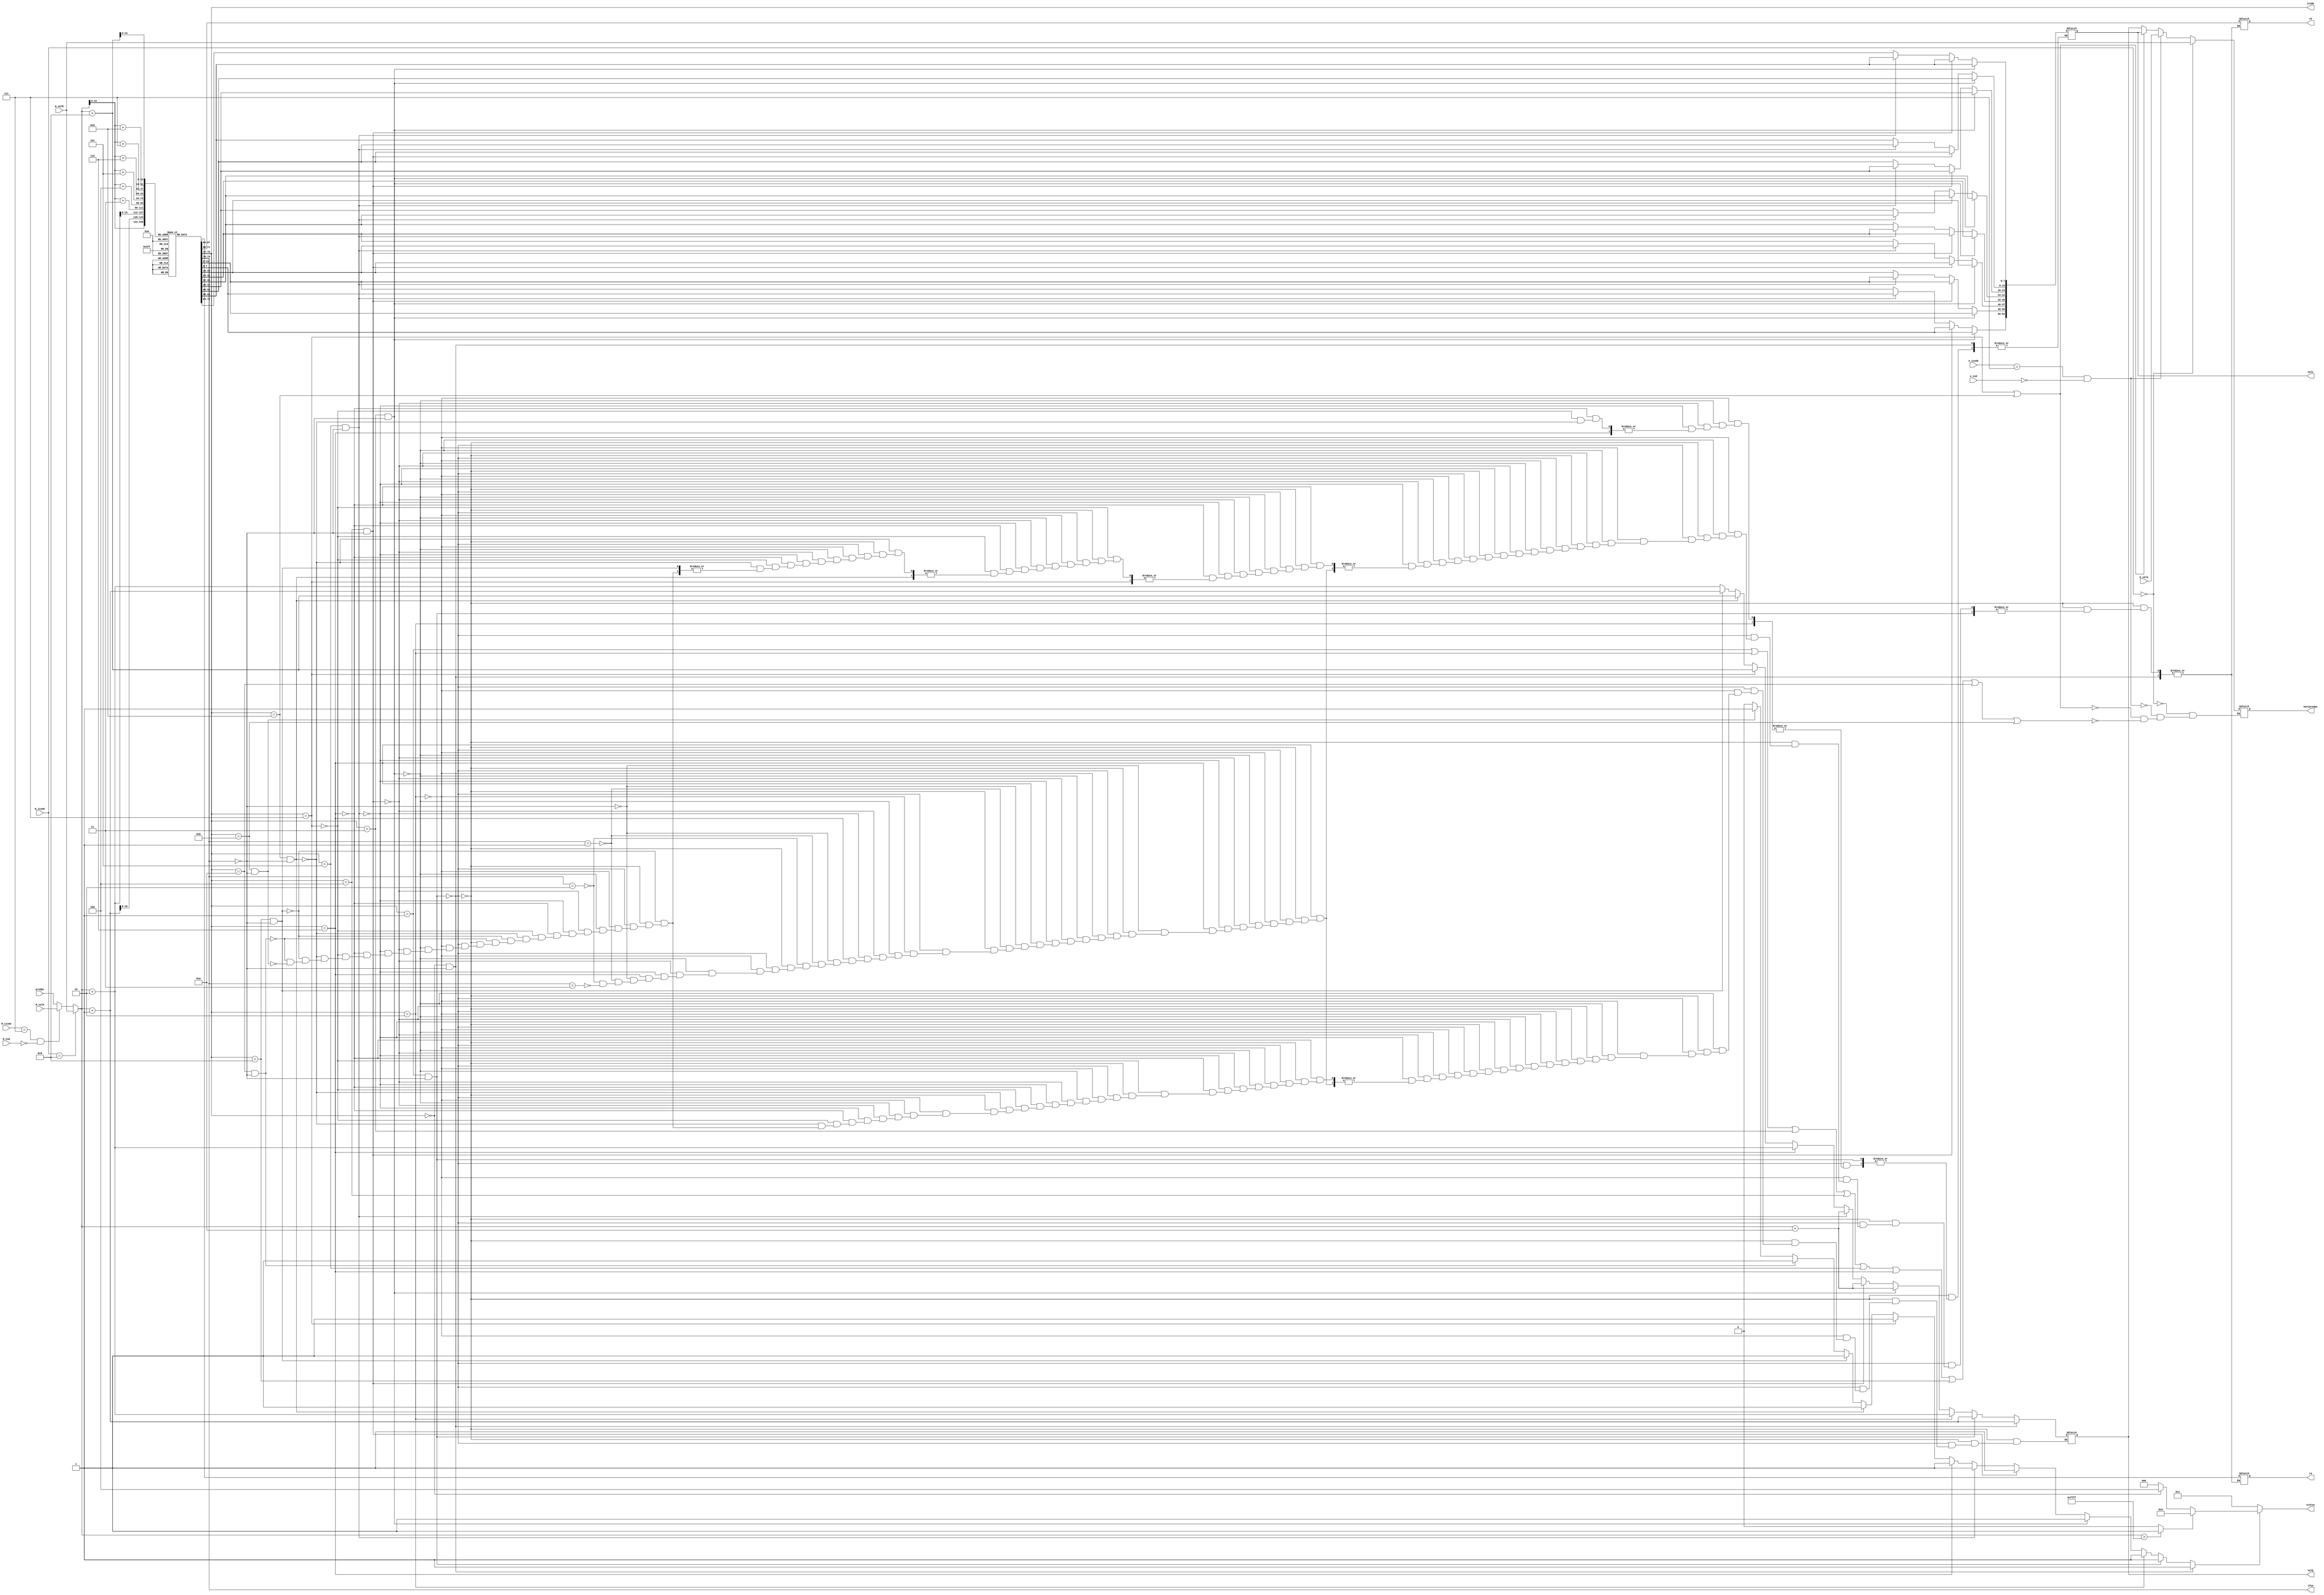
module fetch (predpc,W_icode,M_icode,M_Cnd,W_valM,M_valA,E_valA,e_cnd,e_icode,
              icode,
              ifun,
              ra,
              rb,
              valc,
              valp,
              status,
              nextpredpc);

input [63:0] predpc;   
input [63:0] M_valA,W_valM;
input [3:0] W_icode,M_icode;
input M_Cnd;
input e_cnd;
input [63:0] E_valA;
input [3:0] e_icode;
output reg [2:0] status;
output reg [3:0] icode,ifun,ra,rb;
output reg [63:0] valc;
output reg [63:0] valp;
output reg [63:0] nextpredpc;
reg inst_valid;
reg imem_error;
reg [63:0] pc;
reg [7:0] split;
reg [7:0] align;
integer i;
reg [7:0] inst_mem[65535:0];
 

 initial begin
  

     inst_mem[10]=8'b0000_0011;     //irmovq
     inst_mem[11]=8'b0100_1111;
     inst_mem[10+2+0]=8'b0110_0100;
     inst_mem[10+2+1]=8'b0000_0000;
     inst_mem[10+2+2]=8'b0000_0000;
     inst_mem[10+2+3]=8'b0000_0000;
     inst_mem[10+2+4]=8'b0000_0000;
     inst_mem[10+2+5]=8'b0000_0000;
     inst_mem[10+2+6]=8'b0000_0000;
     inst_mem[10+2+7]=8'b0000_0000; 



     inst_mem[20]=8'b0000_0011;     //irmovq
     inst_mem[21]=8'b0000_1111;
     inst_mem[20+2+0]=8'b0000_0110;
     inst_mem[20+2+1]=8'b0000_0000;
     inst_mem[20+2+2]=8'b0000_0000;
     inst_mem[20+2+3]=8'b0000_0000;
     inst_mem[20+2+4]=8'b0000_0000;
     inst_mem[20+2+5]=8'b0000_0000;
     inst_mem[20+2+6]=8'b0000_0000;
     inst_mem[20+2+7]=8'b0000_0000;
     
     inst_mem[30]=8'b0000_0011;     //irmovq
     inst_mem[31]=8'b0001_1111;
     inst_mem[30+2+0]=8'b0000_0001;
     inst_mem[30+2+1]=8'b0000_0000;
     inst_mem[30+2+2]=8'b0000_0000;
     inst_mem[30+2+3]=8'b0000_0000;
     inst_mem[30+2+4]=8'b0000_0000;
     inst_mem[30+2+5]=8'b0000_0000;
     inst_mem[30+2+6]=8'b0000_0000;
     inst_mem[30+2+7]=8'b0000_0000; 

     inst_mem[40]=8'b0000_0011;     //irmovq
     inst_mem[41]=8'b0101_1111;
     inst_mem[40+2+0]=8'b0000_0101;
     inst_mem[40+2+1]=8'b0000_0000;
     inst_mem[40+2+2]=8'b0000_0000;
     inst_mem[40+2+3]=8'b0000_0000;
     inst_mem[40+2+4]=8'b0000_0000;
     inst_mem[40+2+5]=8'b0000_0000;
     inst_mem[40+2+6]=8'b0000_0000;
     inst_mem[40+2+7]=8'b0000_0000; 



     inst_mem[50]=8'b0000_0100;            //rmmovq
     inst_mem[51]=8'b0001_0011;
     inst_mem[50+2+0]=8'b0000_0000;
     inst_mem[50+2+1]=8'b0000_0000;
     inst_mem[50+2+2]=8'b0000_0000;
     inst_mem[50+2+3]=8'b0000_0000;
     inst_mem[50+2+4]=8'b0000_0000;
     inst_mem[50+2+5]=8'b0000_0000;
     inst_mem[50+2+6]=8'b0000_0000;
     inst_mem[50+2+7]=8'b0000_0000;

     inst_mem[60]=8'b0000_0110;    //addq
     inst_mem[60+1]=8'b0011_0001;

     inst_mem[62]=8'b0011_0010;    //ccmove
     inst_mem[62+1]=8'b0001_0000;

     inst_mem[64]=8'b0000_1010;    //pushq
     inst_mem[64+1]=8'b1111_0000;

     inst_mem[66]=8'b0001_0110;    //subq
     inst_mem[66+1]=8'b0011_0001;


 
 //////-----------------Ret---------------------
    // inst_mem[10]=8'b0000_0011;     //irmovq
    // inst_mem[11]=8'b0100_1111;
    // inst_mem[10+2+0]=8'b0110_0100;
    // inst_mem[10+2+1]=8'b0000_0000;
    // inst_mem[10+2+2]=8'b0000_0000;
    // inst_mem[10+2+3]=8'b0000_0000;
    // inst_mem[10+2+4]=8'b0000_0000;
    // inst_mem[10+2+5]=8'b0000_0000;
    // inst_mem[10+2+6]=8'b0000_0000;
    // inst_mem[10+2+7]=8'b0000_0000; 
//
    // inst_mem[20]=8'b0000_1000;     //call
    // inst_mem[20+1]=8'b0100_0000;
    // inst_mem[20+2]=8'b0000_0000;
    // inst_mem[20+3]=8'b0000_0000;
    // inst_mem[20+4]=8'b0000_0000;
    // inst_mem[20+5]=8'b0000_0000;
    // inst_mem[20+6]=8'b0000_0000;
    // inst_mem[20+7]=8'b0000_0000;
    // inst_mem[20+8]=8'b0000_0000;
//
    // inst_mem[29]=8'b0000_0011;     //irmovq 
    // inst_mem[30]=8'b0110_1111;
    // inst_mem[29+2+0]=8'b0000_0101;
    // inst_mem[29+2+1]=8'b0000_0000;
    // inst_mem[29+2+2]=8'b0000_0000;
    // inst_mem[29+2+3]=8'b0000_0000;
    // inst_mem[29+2+4]=8'b0000_0000;
    // inst_mem[29+2+5]=8'b0000_0000;
    // inst_mem[29+2+6]=8'b0000_0000;
    // inst_mem[29+2+7]=8'b0000_0000; 
//
    // inst_mem[64]=8'b0000_0011;     //irmovq       Target
    // inst_mem[65]=8'b0111_1111;
    // inst_mem[64+2+0]=8'b0000_0101;
    // inst_mem[64+2+1]=8'b0000_0000;
    // inst_mem[64+2+2]=8'b0000_0000;
    // inst_mem[64+2+3]=8'b0000_0000;
    // inst_mem[64+2+4]=8'b0000_0000;
    // inst_mem[64+2+5]=8'b0000_0000;
    // inst_mem[64+2+6]=8'b0000_0000;
    // inst_mem[64+2+7]=8'b0000_0000; 
//
    // inst_mem[74]=8'b0000_1001;   //ret
//
    // inst_mem[75]=8'b0000_0011;     //irmovq
    // inst_mem[76]=8'b0000_1111;
    // inst_mem[75+2+0]=8'b0000_0001;
    // inst_mem[75+2+1]=8'b0000_0000;
    // inst_mem[75+2+2]=8'b0000_0000;
    // inst_mem[75+2+3]=8'b0000_0000;
    // inst_mem[75+2+4]=8'b0000_0000;
    // inst_mem[75+2+5]=8'b0000_0000;
    // inst_mem[75+2+6]=8'b0000_0000;
    // inst_mem[75+2+7]=8'b0000_0000; 

//-------------------End of Ret-------------------------------






  //----------------Start of Branch Misprediction-------------
    /// inst_mem[10]=8'b0000_0011;     //irmovq
    /// inst_mem[11]=8'b0000_1111;
    /// inst_mem[10+2+0]=8'b0000_0001;
    /// inst_mem[10+2+1]=8'b0000_0000;
    /// inst_mem[10+2+2]=8'b0000_0000;
    /// inst_mem[10+2+3]=8'b0000_0000;
    /// inst_mem[10+2+4]=8'b0000_0000;
    /// inst_mem[10+2+5]=8'b0000_0000;
    /// inst_mem[10+2+6]=8'b0000_0000;
    /// inst_mem[10+2+7]=8'b0000_0000; 
///
    /// inst_mem[20]=8'b0011_0110;    //xorq
    /// inst_mem[20+1]=8'b0000_0000;
///
    /// 
    /// inst_mem[22]=8'b0100_0111;     //jne
    /// inst_mem[22+1]=8'b0100_0000;
    /// inst_mem[22+2]=8'b0000_0000;
    /// inst_mem[22+3]=8'b0000_0000;
    /// inst_mem[22+4]=8'b0000_0000;
    /// inst_mem[22+5]=8'b0000_0000;
    /// inst_mem[22+6]=8'b0000_0000;
    /// inst_mem[22+7]=8'b0000_0000;
    /// inst_mem[22+8]=8'b0000_0000;
///
    /// inst_mem[64]=8'b0000_0011;     //irmovq
    /// inst_mem[65]=8'b0010_1111;
    /// inst_mem[64+2+0]=8'b0000_0010;
    /// inst_mem[64+2+1]=8'b0000_0000;
    /// inst_mem[64+2+2]=8'b0000_0000;
    /// inst_mem[64+2+3]=8'b0000_0000;
    /// inst_mem[64+2+4]=8'b0000_0000;
    /// inst_mem[64+2+5]=8'b0000_0000;
    /// inst_mem[64+2+6]=8'b0000_0000;
    /// inst_mem[64+2+7]=8'b0000_0000; 
///
    /// inst_mem[74]=8'b0000_0011;     //irmovq
    /// inst_mem[75]=8'b0011_1111;
    /// inst_mem[74+2+0]=8'b0000_0011;
    /// inst_mem[74+2+1]=8'b0000_0000;
    /// inst_mem[74+2+2]=8'b0000_0000;
    /// inst_mem[74+2+3]=8'b0000_0000;
    /// inst_mem[74+2+4]=8'b0000_0000;
    /// inst_mem[74+2+5]=8'b0000_0000;
    /// inst_mem[74+2+6]=8'b0000_0000;
    /// inst_mem[74+2+7]=8'b0000_0000; 
///
    /// inst_mem[31]=8'b0000_0011;     //irmovq
    /// inst_mem[32]=8'b0000_1111;
    /// inst_mem[31+2+0]=8'b0000_0001;
    /// inst_mem[31+2+1]=8'b0000_0000;
    /// inst_mem[31+2+2]=8'b0000_0000;
    /// inst_mem[31+2+3]=8'b0000_0000;
    /// inst_mem[31+2+4]=8'b0000_0000;
    /// inst_mem[31+2+5]=8'b0000_0000;
    /// inst_mem[31+2+6]=8'b0000_0000;
    /// inst_mem[31+2+7]=8'b0000_0000; 
 ///
///
    /// inst_mem[41]=8'b0000_0110;     //addq
    /// inst_mem[42]=8'b0000_0000;
////----------------End of Branch-Misprediction------------







///---------------Load/Use Hazard---------------------
     ///////inst_mem[10]=8'b0000_0011;            //irmovq
     ///////inst_mem[11]=8'b0010_1111;
     ///////inst_mem[10+2+0]=8'b0000_1000;
     ///////inst_mem[10+2+1]=8'b0000_0000;
     ///////inst_mem[10+2+2]=8'b0000_0000;
     ///////inst_mem[10+2+3]=8'b0000_0000;
     ///////inst_mem[10+2+4]=8'b0000_0000;
     ///////inst_mem[10+2+5]=8'b0000_0000;
     ///////inst_mem[10+2+6]=8'b0000_0000;
     ///////inst_mem[10+2+7]=8'b0000_0000; 
///////
///////
 ///////
     ///////inst_mem[20]=8'b0000_0011;            //irmovq
     ///////inst_mem[21]=8'b0001_1111;
     ///////inst_mem[20+2+0]=8'b0000_1111;
     ///////inst_mem[20+2+1]=8'b0000_0000;
     ///////inst_mem[20+2+2]=8'b0000_0000;
     ///////inst_mem[20+2+3]=8'b0000_0000;
     ///////inst_mem[20+2+4]=8'b0000_0000;
     ///////inst_mem[20+2+5]=8'b0000_0000;
     ///////inst_mem[20+2+6]=8'b0000_0000;
     ///////inst_mem[20+2+7]=8'b0000_0000;
///////
     ///////inst_mem[30]=8'b0000_0100;            //rmmovq
     ///////inst_mem[31]=8'b0010_0001;
     ///////inst_mem[30+2+0]=8'b0000_0000;
     ///////inst_mem[30+2+1]=8'b0000_0000;
     ///////inst_mem[30+2+2]=8'b0000_0000;
     ///////inst_mem[30+2+3]=8'b0000_0000;
     ///////inst_mem[30+2+4]=8'b0000_0000;
     ///////inst_mem[30+2+5]=8'b0000_0000;
     ///////inst_mem[30+2+6]=8'b0000_0000;
     ///////inst_mem[30+2+7]=8'b0000_0000;
///////
     ///////inst_mem[40]=8'b0000_0011;            //irmovq
     ///////inst_mem[41]=8'b0011_1111;
     ///////inst_mem[40+2+0]=8'b0000_0011;
     ///////inst_mem[40+2+1]=8'b0000_0000;
     ///////inst_mem[40+2+2]=8'b0000_0000;
     ///////inst_mem[40+2+3]=8'b0000_0000;
     ///////inst_mem[40+2+4]=8'b0000_0000;
     ///////inst_mem[40+2+5]=8'b0000_0000;
     ///////inst_mem[40+2+6]=8'b0000_0000;
     ///////inst_mem[40+2+7]=8'b0000_0000;
///////
     ///////inst_mem[50]=8'b0000_0101;            //mrmovq
     ///////inst_mem[51]=8'b0010_0000;
     ///////inst_mem[50+2+0]=8'b0000_0000;
     ///////inst_mem[50+2+1]=8'b0000_0000;
     ///////inst_mem[50+2+2]=8'b0000_0000;
     ///////inst_mem[50+2+3]=8'b0000_0000;
     ///////inst_mem[50+2+4]=8'b0000_0000;
     ///////inst_mem[50+2+5]=8'b0000_0000;
     ///////inst_mem[50+2+6]=8'b0000_0000;
     ///////inst_mem[50+2+7]=8'b0000_0000;
///////
     ///////inst_mem[60]=8'b0000_0110;           //addq       
     ///////inst_mem[61]=8'b0000_0011;    
///////
///////
     ///////inst_mem[62]=8'b0001_0110;           //subq       
     ///////inst_mem[63]=8'b0000_0011;
///////
     ///////inst_mem[64]=8'b0010_0110;           //andq       
     ///////inst_mem[65]=8'b0010_0001;
///////
///////-----------------End of LOAD USE HAZARD---------------------





     //inst_mem[30]=8'b0001_0110;            //subq
     //inst_mem[31]=8'b0001_0110;
//
     //inst_mem[32]=8'b0000_0010;            
     //inst_mem[33]=8'b0001_0110;     
//
     //inst_mem[34]=8'b0000_1000;            //callq
     //inst_mem[33+2+0]=8'b0100_0000;
     //inst_mem[33+2+1]=8'b0000_0000;
     //inst_mem[33+2+2]=8'b0000_0000;
     //inst_mem[33+2+3]=8'b0000_0000;
     //inst_mem[33+2+4]=8'b0000_0000;
     //inst_mem[33+2+5]=8'b0000_0000;
     //inst_mem[33+2+6]=8'b0000_0000;
     //inst_mem[33+2+7]=8'b0000_0000;

    // inst_mem[64]=8'b0000_0110;            //addq
    // inst_mem[65]=8'b0001_0110;     
     
     
     
     
     
     
     
     //inst_mem[34]=8'b0000_0100;            //rmmovq
     //inst_mem[35]=8'b0001_0110;
     //inst_mem[34+2+0]=8'b0001_1111;
     //inst_mem[34+2+1]=8'b0000_0000;
     //inst_mem[34+2+2]=8'b0000_0000;
     //inst_mem[34+2+3]=8'b0000_0000;
     //inst_mem[34+2+4]=8'b0000_0000;
     //inst_mem[34+2+5]=8'b0000_0000;
     //inst_mem[34+2+6]=8'b0000_0000;
     //inst_mem[34+2+7]=8'b0000_0000;
//
//
//
//
     //inst_mem[44]=8'b0000_0010;            //rrmovq
     //inst_mem[45]=8'b1110_0110;




    // inst_mem[20]=8'b0000_0100;            //rmmovq
    // inst_mem[21]=8'b0001_0110;
    // inst_mem[20+2+0]=8'b0000_1111;
    // inst_mem[20+2+1]=8'b0000_0000;
    // inst_mem[20+2+2]=8'b0000_0000;
    // inst_mem[20+2+3]=8'b0000_0000;
    // inst_mem[20+2+4]=8'b0000_0000;
    // inst_mem[20+2+5]=8'b0000_0000;
    // inst_mem[20+2+6]=8'b0000_0000;
    // inst_mem[20+2+7]=8'b0000_0000; 
     
     
     //inst_mem[30]=8'b0000_0110;            //addq
     //inst_mem[31]=8'b1000_0111;
    
     //inst_mem[32]=8'b0001_0110;            //subq
     //inst_mem[33]=8'b0101_0010;
     
     //inst_mem[12]=8'b0000_0110;
     //inst_mem[13]=8'b0111_1000;
     //inst_mem[14]=8'b0001_0110;
     //inst_mem[15]=8'b0110_1001;
     //inst_mem[16]=8'b0011_0111;

     
     
     
     
    
 end



always @ (*)
   begin
   if (W_icode==4'b1001)
      pc=W_valM;

   else if(M_icode==4'b0111 && M_Cnd==1'b0)
      pc=M_valA;


   else 
      pc=predpc;

   end

 
 

always @ (pc)
  begin
  
    split = inst_mem[pc];
    icode = split[3:0];
    ifun = split[7:4];

    if((icode ==4'b0000) && (ifun == 4'b0000))  //Halt
      begin
      valp = pc+1;
      inst_valid = 1'b1;
      end
    else if((icode ==4'b0001) && (ifun == 4'b0000))   //nop
      begin
      valp = pc+1;
      inst_valid = 1'b1;
      end

    else if(icode == 4'b0010)     //cmovXX
      begin
      
       align[7:0]=inst_mem[pc+1];
       ra=align[3:0];
       rb=align[7:4];
       valp=pc+2;
       inst_valid=1'b1;
       
      end

    else if((icode == 4'b0011)&&(ifun == 4'b0000))   //irmovq
      begin 
      align[7:0]=inst_mem[pc+1];
      ra=align[3:0];    
      rb=align[7:4]; 
      valc[7:0]<=inst_mem[pc+2];
      valc[15:8]<=inst_mem[pc+3];
      valc[23:16]<=inst_mem[pc+4];
      valc[31:24]<=inst_mem[pc+5];
      valc[39:32]<=inst_mem[pc+6];
      valc[47:40]<=inst_mem[pc+7];
      valc[55:48]<=inst_mem[pc+8];
      valc[63:56]<=inst_mem[pc+9];
      valp=pc+10;
      inst_valid=1'b1;
      end

    else if((icode == 4'b0100)&&(ifun == 4'b0000))   //rmmovq
      begin 
      align[7:0]=inst_mem[pc+1];
      ra=align[3:0];   
      rb=align[7:4]; 
      valc[7:0]<=inst_mem[pc+2];
      valc[15:8]<=inst_mem[pc+3];
      valc[23:16]<=inst_mem[pc+4];
      valc[31:24]<=inst_mem[pc+5];
      valc[39:32]<=inst_mem[pc+6];
      valc[47:40]<=inst_mem[pc+7];
      valc[55:48]<=inst_mem[pc+8];
      valc[63:56]<=inst_mem[pc+9];
      valp=pc+10;
      inst_valid=1'b1;
      end

    
    else if((icode == 4'b0101)&&(ifun == 4'b0000))   //mrmovq
      begin 
      align[7:0]=inst_mem[pc+1];
      ra=align[3:0];   
      rb=align[7:4]; 
      valc[7:0]<=inst_mem[pc+2];
      valc[15:8]<=inst_mem[pc+3];
      valc[23:16]<=inst_mem[pc+4];
      valc[31:24]<=inst_mem[pc+5];
      valc[39:32]<=inst_mem[pc+6];
      valc[47:40]<=inst_mem[pc+7];
      valc[55:48]<=inst_mem[pc+8];
      valc[63:56]<=inst_mem[pc+9];
      valp=pc+10;
      inst_valid=1'b1;
      end

    else if(icode == 4'b0110)   //opq
      begin
       if(ifun==4'b0000)       //addq
        begin
        align[7:0]=inst_mem[pc+1];
        ra=align[3:0];   
        rb=align[7:4]; 
        valp=pc+2;
        inst_valid=1'b1;
        end
       else if(ifun==4'b0001)   //subq
        begin
        align[7:0]=inst_mem[pc+1];
        ra=align[3:0];   
        rb=align[7:4]; 
        valp=pc+2;
        inst_valid=1'b1;
        end
       else if(ifun==4'b0010)   //andq
        begin
        align[7:0]=inst_mem[pc+1];
        ra=align[3:0];   
        rb=align[7:4]; 
        valp=pc+2;
        inst_valid=1'b1;
        end
       else if(ifun==4'b0011)   //xorq
        begin
        align[7:0]=inst_mem[pc+1];
        ra=align[3:0];   
        rb=align[7:4]; 
        valp=pc+2;
        inst_valid=1'b1;
        end
      end   
           
    
    else if(icode==4'b0111)   //jXX
      begin
      valc[7:0]<=inst_mem[pc+1];
      valc[15:8]<=inst_mem[pc+2];
      valc[23:16]<=inst_mem[pc+3];
      valc[31:24]<=inst_mem[pc+4];
      valc[39:32]<=inst_mem[pc+5];
      valc[47:40]<=inst_mem[pc+6];
      valc[55:48]<=inst_mem[pc+7];
      valc[63:56]<=inst_mem[pc+8];
      valp =pc+9;
      inst_valid=1'b1;
      end

    else if((icode==4'b1000)&&(ifun==4'b0000))   //call
      begin
      valc[7:0]<=inst_mem[pc+1];
      valc[15:8]<=inst_mem[pc+2];
      valc[23:16]<=inst_mem[pc+3];
      valc[31:24]<=inst_mem[pc+4];
      valc[39:32]<=inst_mem[pc+5];
      valc[47:40]<=inst_mem[pc+6];
      valc[55:48]<=inst_mem[pc+7];
      valc[63:56]<=inst_mem[pc+8];
      valp= pc+9;
      inst_valid=1'b1;
      end

    else if((icode==4'b1001)&&(ifun==4'b0000))   //ret
      begin
      valp = pc+1;
      inst_valid = 1'b1;
      end

    else if((icode==4'b1010)&&(ifun==4'b0000))   //pushq
      begin
      align[7:0]=inst_mem[pc+1];
      ra=align[3:0];
      rb=align[7:4];
      valp=pc+2;
      inst_valid=1'b1;
      end

    else if((icode==4'b1011)&&(ifun==4'b0000))   //popq
      begin
      align[7:0]=inst_mem[pc+1];
      ra=align[3:0];
      rb=align[7:4];
      valp=pc+2;
      inst_valid=1'b1;
      end

    else 
      inst_valid=1'b0;

    if (pc>65535)
       imem_error=1'b1;
    else
       imem_error=1'b0;

    if(inst_valid==1'b0)
       status=3'b011;              //INS  3'b011
    
    else if(imem_error==1'b1)
       status=3'b010;             //ADR  3'b010
    
    else if(icode==4'b0000)
       status=3'b100;               //HLT 3'b100
    else 
       status=3'b000;              //AOK 3'b000

    end

    always@(*)
    begin
    if ((icode==4'b0001) || (icode==4'b0010) ||(icode==4'b0011) ||(icode==4'b0100) ||(icode==4'b0101 )||(icode==4'b0110) ||(icode==4'b1001) ||(icode==4'b1010 )||(icode==4'b1011))
      nextpredpc = valp;
    if ((icode==4'b0111 )||(icode==4'b1000))
      nextpredpc=valc;   

    
   if((e_icode==4'b0111)&&(e_cnd==1'b0))
      nextpredpc=E_valA;

   if(W_icode==4'b000)
      nextpredpc=W_valM;
  
    end
    

    
  
endmodule